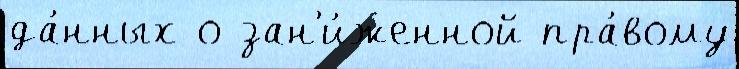
да́нных о зан'и́женной пра́вому